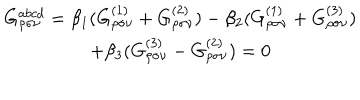
LaTeX: \begin{array} { c } { { G _ { \rho \sigma \nu } ^ { a b c d } = \beta _ { 1 } ( G _ { \rho \sigma \nu } ^ { ( 1 ) } + G _ { \rho \sigma \nu } ^ { ( 2 ) } ) - \beta _ { 2 } ( G _ { \rho \sigma \nu } ^ { ( 1 ) } + G _ { \rho \sigma \nu } ^ { ( 3 ) } ) } } \\ { { + \beta _ { 3 } ( G _ { \rho \sigma \nu } ^ { ( 3 ) } - G _ { \rho \sigma \nu } ^ { ( 2 ) } ) = 0 } } \\ \end{array}